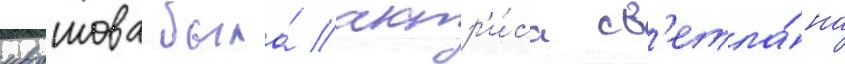
ивашова была́ актр'и́са св'етла́на